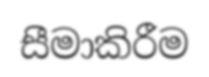
සීමාකිරීම